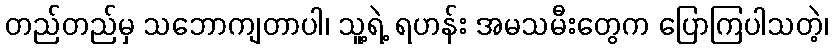
တည်တည်မှ သဘောကျတာပါ၊ သူ့ရဲ့ ရဟန်း အမသမီးတွေက ပြောကြပါသတဲ့၊